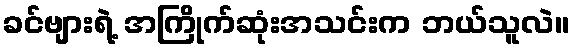
ခင်ဗျားရဲ့ အကြိုက်ဆုံးအသင်းက ဘယ်သူလဲ။